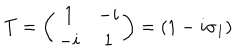
T = \left( \begin{array} { c c } { { 1 } } & { { - i } } \\ { { - i } } & { { 1 } } \\ \end{array} \right) = ( 1 - i \sigma _ { 1 } )